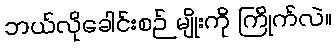
ဘယ်လိုခေါင်းစဉ် မျိုးကို ကြိုက်လဲ။